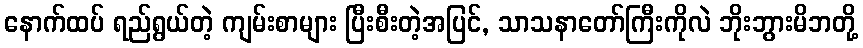
နောက်ထပ် ရည်ရွယ်တဲ့ ကျမ်းစာများ ပြီးစီးတဲ့အပြင်, သာသနာတော်ကြီးကိုလဲ ဘိုးဘွားမိဘတို့